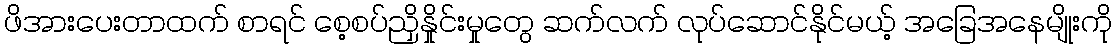
ဖိအားပေးတာထက် စာရင် စေ့စပ်ညှိနှိုင်းမှုတွေ ဆက်လက် လုပ်ဆောင်နိုင်မယ့် အခြေအနေမျိုးကို